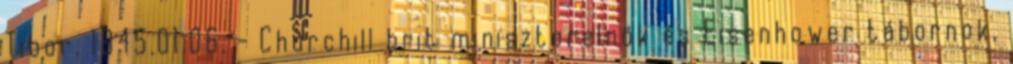
Tibor. 1945.01.06. - Churchill brit miniszterelnök és Eisenhower tábornok,